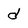
Character: d